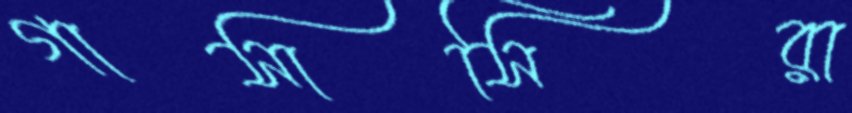
গাসাসিরা